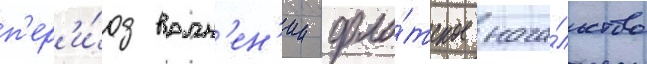
п'ер'и́од волн'ен'ии фло́тское нача́льство